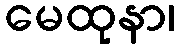
မေထုနာ၊